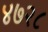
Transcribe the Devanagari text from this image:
४७२८